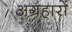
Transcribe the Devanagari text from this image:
अग्रहारों